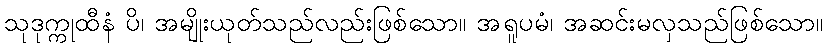
သုဒုက္ကုထီနံ ပိ၊ အမျိုးယုတ်သည်လည်းဖြစ်သော။ အရူပမံ၊ အဆင်းမလှသည်ဖြစ်သော။